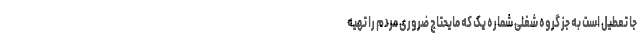
جا تعطیل است به جز گروه شغلی شماره یک که مایحتاج ضروری مردم را تهیه